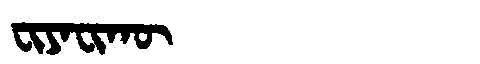
Manchu: ᠸᡳᠶᠠᠸᡳᡴᡡ
Romanization: FIYAFIKŪ